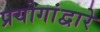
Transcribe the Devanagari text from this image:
प्रयोगांद्वारे